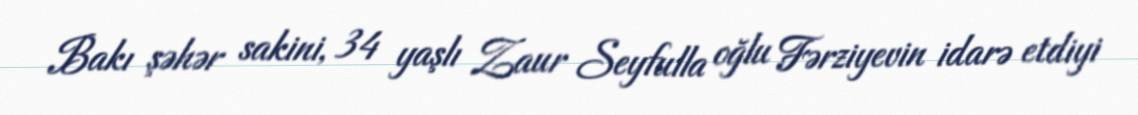
Bakı şəhər sakini, 34 yaşlı Zaur Seyfulla oğlu Fərziyevin idarə etdiyi